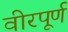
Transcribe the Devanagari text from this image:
वीरपूर्ण